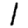
Digit: 1